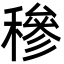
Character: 穇